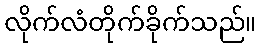
လိုက်လံတိုက်ခိုက်သည်။